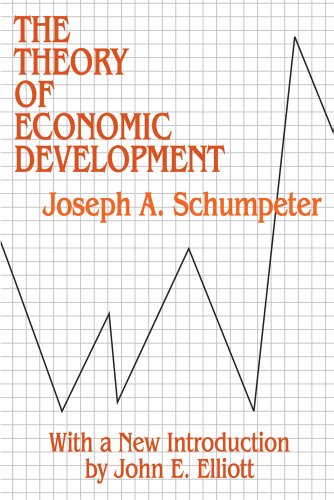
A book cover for The Theory of Economic Development: An Inquiry into Profits, Capital, Credit, Interest, and the Business Cycle (Social Science Classics Series); Joseph A. Schumpeter; Business & Money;